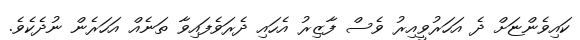
ކައިވެންޏަށް ދެ އަހަރުވީއިރު ވެސް ފާޒިރު އެހައި ދެރަވެފައިވާ ތަނެއް އަހަރެން ނުދެކެވެ.